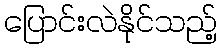
ပြောင်းလဲနိုင်သည့်